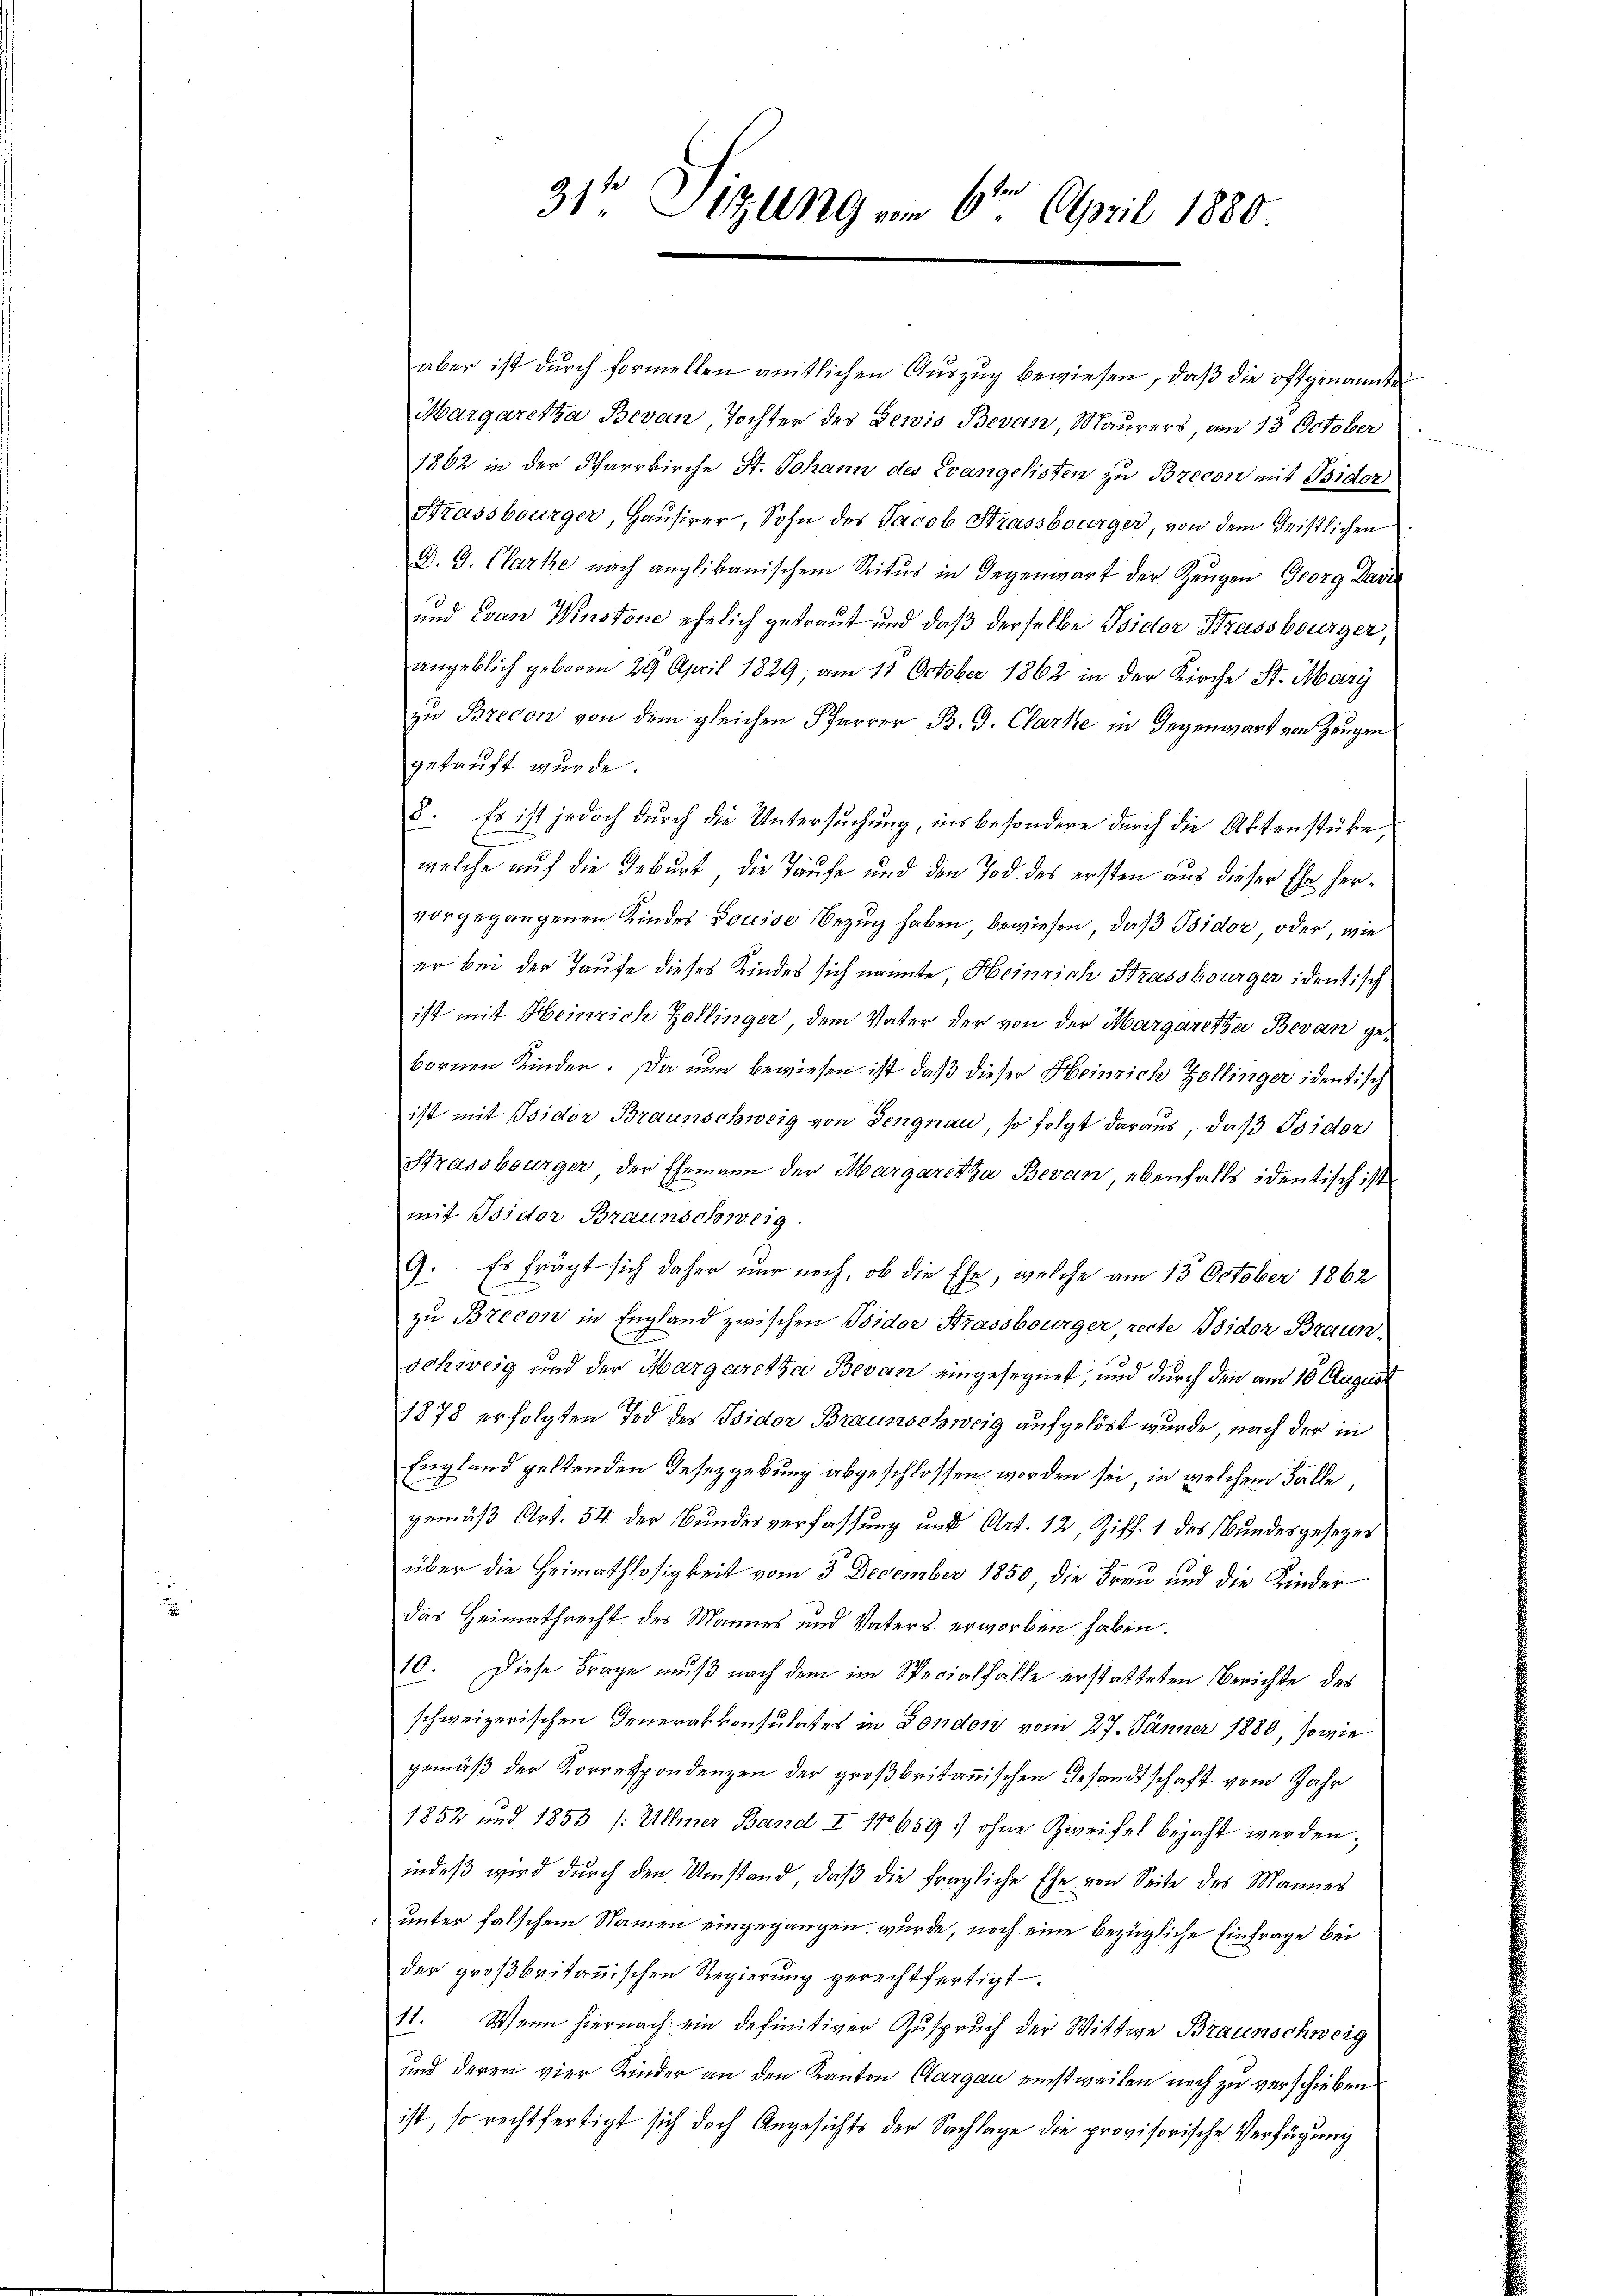
31te Sitzung am 6ten April 1880

aber ist durch formellen amtlichen Auszug bewiesen, daß die oftgenannte
Margaretha Bevan, Tochter des Gewis Bevan, Maurers, am 13. October
1862 in der Pfarrkirche St. Johann des Evangelisten zu Brecon mit Bidor
Strassburger, Hausirer, Sohn des Jacob Strassbourger, von dem Geistlichen
D. G. Clarte nach anglikanischem Status in Gegenwart der Zeugen Georg Davi
und Ivan Winstone ehelich getraut und daß derselbe Isidor Brassburger
angeblich geboren 29 April 1829, am 11 October 1862 in der Kirche St. Mari
zu Brecon von dem gleichen Pfarrer B. G. Clarke in Gegenwart von Zeugen
gekauft wurde.
8. Es ist jedoch durch die Untersuchung, insbesondere durch die Aktenstücke,
welche auf die Geburt, die Taufe und den Tod des ersten aus dieser Ehe hervorgegangenen Kindes Louise Bezug haben, bewiesen, daß Isidor, oder, wie
er bei der Taufe dieses Kindes sich nannte, Heinrich Strassbourger identisch
ist mit Heinrich Zollinger dem Vater der von der Margaretha Bevan gebornen Kinder. Da nun bewiesen ist, daß dieser Heinrich Zollinger identisch
ist mit Isidor Braunschweig von Sengnau, so folgt daraus, daß Isidor
Strassburger der Ehemann der Margaretha Bevan, ebenfalls identisch ist
mit Isidor Braunschweig.
9. Es frägt sich daher nur noch, ob die Ehe, welche am 15. October 1862
zu Brecon in England zwischen Wider Strassbourger, recte Isidor Braun-
schweig und der Margaretha Bevan eingesegnet, und durch den am 10 Augus
1878 erfolgten Tod des Isidor Braunschweig aufgelöst wurde, nach der in
England geltenden Gesetzgebung abgeschlossen worden sei, in welchem Falle,
gemäß Art. 54 der Bundesverfassung und Art. 12, Ziff. 1 des Bundesgesezes
über die Heimathlosigkeit vom 3. December 1850, die Frau und die Kinder
das Heimathrecht des Mannes und Vaters erworben haben.
10. Diese Frage muß nach dem im Specialfalle erstatteten Berichte des
schweizerischen Generalkonsulates in Fondon vom 27. Jänner 1880, sowie
gemäß der Korrespondenzen der großbritannischen Gesandtschaft vom Jahr
1852 und 1853 (: Ullmer Band I No 659 : ohne Zweifel bejaht werden;
indeß wird durch den Umstand, daß die fragliche Ehe von Seite des Mannes
unter falschem Namen eingegangen wurde, noch eine bezügliche Einfrage bei
der großbritannischen Regierung gerechtfertigt.
11. Wenn hiernach ein definitiver Zuspruch der Wittwe Braunschweig
und deren vier Kinder an den Kanton Aargau einstweilen noch zu verschieben
ist, so rechtfertigt sich doch Angesichts der Sachlage die provisorische Verfügung